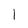
Character: l